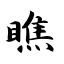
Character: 瞧